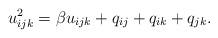
LaTeX: \begin{gather*}u_{ijk}^2= \beta u_{ijk}+q_{ij}+q_{ik}+q_{jk}.\end{gather*}